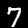
Digit: 7